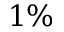
1 \%